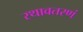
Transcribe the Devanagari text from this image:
रथावतरणं